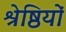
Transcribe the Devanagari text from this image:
श्रेष्ठियों